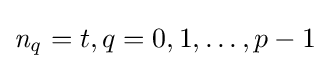
{\mathit {n_{q}}}=t,q=0,1,\ldots ,p-1